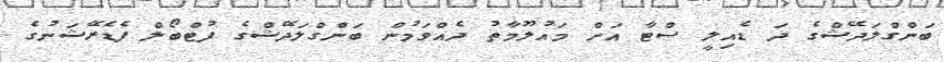
ބަންގްލަދޭޝްގެ ދަ ޑެއިލީ ސްޓާ އަށް މައުލޫމާތު ދެއްވަމުން ބަންގްލަދޭޝްގެ ފުޓްބޯލް ފެޑެރޭޝަނުގެ